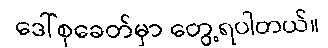
ဒေါ်စုခေတ်မှာ တွေ့ရပါတယ်။